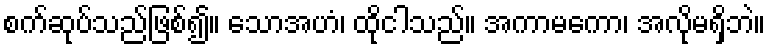
စက်ဆုပ်သည်ဖြစ်၍။ သောအဟံ၊ ထိုငါသည်။ အကာမကော၊ အလိုမရှိဘဲ။